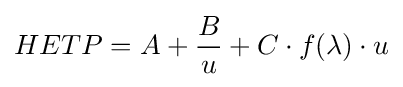
HETP=A+{\frac {B}{u}}+C\cdot f(\lambda )\cdot u